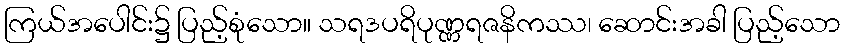
ကြယ်အပေါင်း၌ ပြည့်စုံသော။ သရဒပရိပုဏ္ဏရဇနိကဿ၊ ဆောင်းအခါ ပြည့်သော